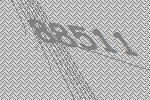
88511